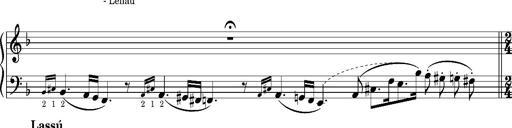
Title: Puszta Wehmut â€“ A puszta keserve
Composer: Franz Liszt
Key: D minor